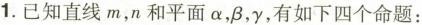
1.已知直线m，n和平面\alpha，\beta ， \gamma ，有如下四个命题：